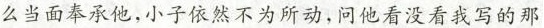
么当面奉承他，小子依然不为所动，问他看没看我写的那